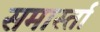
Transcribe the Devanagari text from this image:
समार्स्ता